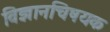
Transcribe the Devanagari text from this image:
विज्ञानचिषयक